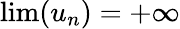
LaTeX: \lim(u_{n})=+\infty